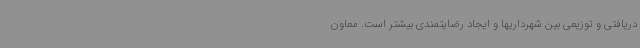
دریافتی و توزیعی بین شهرداریها و ایجاد رضایتمندی بیشتر است. معاون